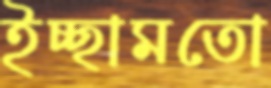
ইচ্ছামতো